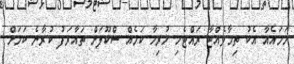
ހަމައެއާ އެކު ތިމާވެއްޓާ ރައްޓެހި ހުރިހާ ކަމެއް ސްކޫލަށް ތައާރަފު ކުރާނެ ކަމަށް